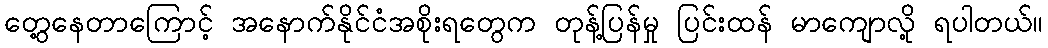
တွေ့နေတာကြောင့် အနောက်နိုင်ငံအစိုးရတွေက တုန့်ပြန်မှု ပြင်းထန် မာကျောလို့ ရပါတယ်။